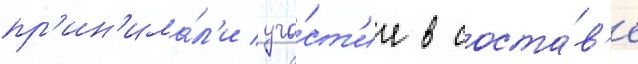
пр'ин'има́л'и уча́ст'ие в соста́в'е